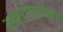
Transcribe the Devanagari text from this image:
अक्षरचित्रांसह